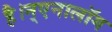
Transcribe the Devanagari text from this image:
है।न्एनालॉग